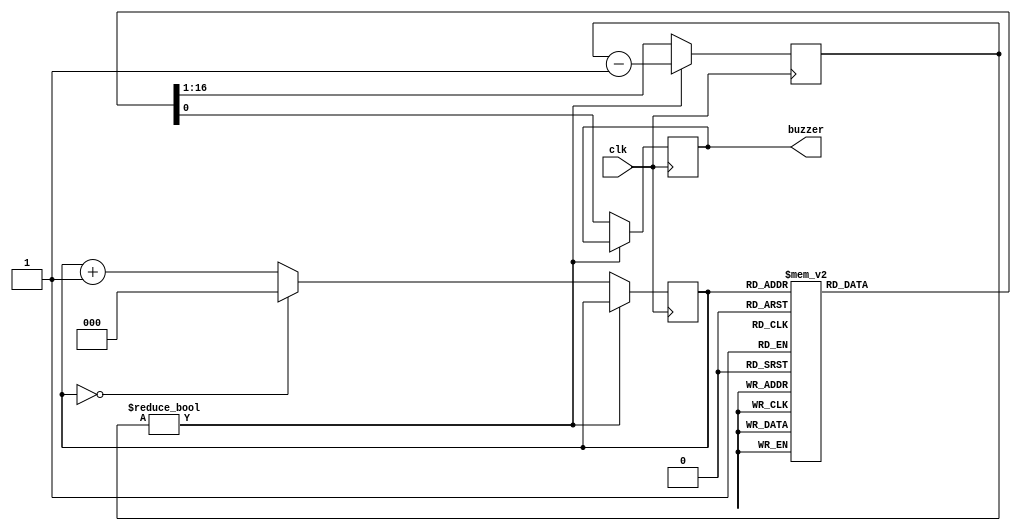
module passive_buzzer_1(
 input wire clk,        // Clock input
    output reg buzzer      // Buzzer output
);

// Define frequencies for different musical notes
parameter C = 261;
parameter D = 294;
parameter E = 329;
parameter F = 349;
parameter G = 392;
parameter A = 440;
parameter B = 493;

// Define the melody sequence
reg [2:0] melody_index = 3'b000; // Start with the first note
reg [15:0] note_duration = 16'd500000; // Duration for each note

always @(posedge clk) begin
    if (note_duration != 0) begin
        note_duration <= note_duration - 1;
    end else begin
        case(melody_index)
            3'b000: begin buzzer <= 1; note_duration <= 16'd500000; end // C
            3'b001: begin buzzer <= 1; note_duration <= 16'd500000; end // D
            3'b010: begin buzzer <= 1; note_duration <= 16'd500000; end // E
            3'b011: begin buzzer <= 1; note_duration <= 16'd500000; end // F
            3'b100: begin buzzer <= 1; note_duration <= 16'd500000; end // G
            3'b101: begin buzzer <= 1; note_duration <= 16'd500000; end // A
            3'b110: begin buzzer <= 1; note_duration <= 16'd500000; end // B
            3'b111: begin buzzer <= 0; note_duration <= 16'd1500000; end // Silence
            default: begin buzzer <= 0; note_duration <= 16'd500000; end // Default to silence
        endcase
        melody_index <= melody_index + 1;
        if (melody_index == 3'b1000) begin
            melody_index <= 3'b000; // Reset index to repeat the melody
        end
    end
end

endmodule